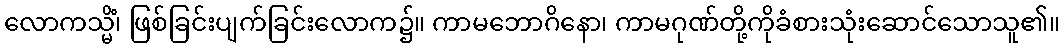
လောကသ္မိံ၊ ဖြစ်ခြင်းပျက်ခြင်းလောက၌။ ကာမဘောဂိနော၊ ကာမဂုဏ်တို့ကိုခံစားသုံးဆောင်သောသူ၏။